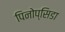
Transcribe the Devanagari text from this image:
पिनोप्सिडा